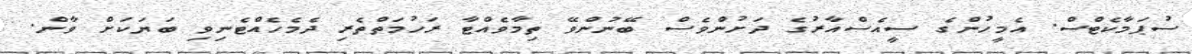
ސުޕަމާކެޓްސް. އެމީހުންގެ ސީއެސްއާރުގެ ދަށުންވެސް ބޭނުންވޭ ތިމާވެއްޓާ ރަހުމަތްތެރި ދެމެހެއްޓެނިވި ބަޔަކަށް ވާން.